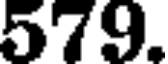
579.